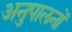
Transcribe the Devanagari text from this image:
अनुपालनों